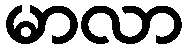
မာလာ